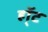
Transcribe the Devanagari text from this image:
हॉ्ट